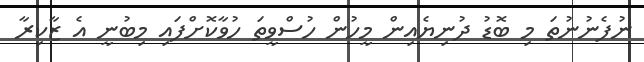
ނުފެނުނުތަ މި ބޮޑު ދުނިޔެއިން މީހުން ހުސްވީތަ ހުވާކޮށްފައި މިބުނީ އެ ޒާކިރާ